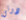
دوتي